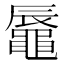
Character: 𪓧